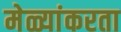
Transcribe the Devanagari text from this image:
मेळ्यांकरता